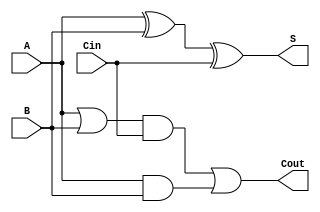
module Full_Adder(A, B, Cin, S, Cout);
	input  A, B, Cin;
	output S, Cout;
	wire   aOrb, aOrbAndCin, aAndb;
	xor #(3) xor1(S, A, B, Cin);
	or  #(2) or1(aOrb, A, B);
	and #(2) and1(aOrbAndCin, aOrb, Cin);
	and #(2) and2(aAndb, A, B);
	or  #(2) or2(Cout, aOrbAndCin, aAndb);
endmodule

module CarryLookahead_Adder(A, B, Cin, S, Cout);
	input [3:0]A;
	input [3:0]B;
	input Cin;

	output [3:0]S;
	output Cout;

	wire g0,g1,g2,g3;
	wire p0,p1,p2,p3;
	wire c1, c2, c3;
	wire w1, w2, w3, w4;

	and  #(2) p0maker(p0, A[0], B[0]);
	and  #(2) p1maker(p1, A[1], B[1]);
	and  #(2) p2maker(p2, A[2], B[2]);
	and  #(2) p3maker(p3, A[3], B[3]);

	xor  #(2) g0maker(g0, A[0], B[0]);
	xor  #(2) g1maker(g1, A[1], B[1]);
	xor  #(2) g2maker(g2, A[2], B[2]);
	xor  #(2) g3maker(g3, A[3], B[3]);
	
	
	and  #(2) and1(w1, Cin, p0);
	
	and  #(3) and2(w2, Cin, p0, p1);
	and  #(2) and3(w3, g0, p1);
	
	and  #(4) and4(w4, Cin, p0, p1, p2);
	and  #(3) and5(w4, g0, p1, p2);
	and  #(2) and6(w4, g1, p2);

	and  #(5) and7(w4, Cin, p0, p1, p2, p3);
	and  #(4) and8(w4, g0, p1, p2, p3);
	and  #(3) and9(w4, g1, p2, p3);
	and  #(2) and10(w4, g2, p3);

	or   #(2) orc1(c1, g0, w1);
	or   #(2) orc2(c2, g1, w2, w3);
	or   #(2) orc3(c3, g2, w4, w5, w6);
	or   #(2) orc4(Cout, g3, w7, w8, w9, w10);


	xor  #(2) xors0(S[0],p0, c0);
	xor  #(2) xors1(S[1],p1, c1);
	xor  #(2) xors2(S[2],p2, c2);
	xor  #(2) xors3(S[3],p3, c3);
endmodule

module RC_Adder_16bit(A,B,Cin,S,Cout);
	input [15:0]A;
	input [15:0]B;
	input Cin;
	output [15:0]S;
	output Cout;

	wire wc0, wc1, wc2, wc3, wc4, wc5, wc6, wc7, wc8, wc9, wc10, wc11, wc12, wc13, wc14;
	//16-bit adder1 description

	Full_Adder fa0(A[0], B[0], 1'b0, wc0);
	Full_Adder fa1(A[1], B[1], wc0 , wc1);
	Full_Adder fa2(A[2], B[2], wc1 , wc2);
	Full_Adder fa3(A[3], B[3], wc2 , wc3);
	Full_Adder fa4(A[4], B[4], wc3 , wc4);
	Full_Adder fa5(A[5], B[5], wc4 , wc5);
	Full_Adder fa6(A[6], B[6], wc5 , wc6);
	Full_Adder fa7(A[7], B[7], wc6 , wc7);
	Full_Adder fa8(A[8], B[8], wc7 , wc8);
	Full_Adder fa9(A[9], B[9], wc8 , wc9);
	Full_Adder fa10(A[10], B[10], wc9 , wc10);
	Full_Adder fa11(A[11], B[11], wc10, wc11);
	Full_Adder fa12(A[12], B[12], wc11 , wc12);
	Full_Adder fa13(A[13], B[13], wc12 , wc13);
	Full_Adder fa14(A[14], B[14], wc13 , wc14);
	Full_Adder fa15(A[15], B[15], wc14 , Cout);
endmodule

module CL_Adder_16bit(A,B,Cin,S,Cout);
	input [15:0]A;
	input [15:0]B;
	input Cin;
	output [15:0]S;
	output Cout;
	
	//16-bit adder2 description

	wire c1, c2, c3;
	CarryLookahead_Adder cla1(A[3:0], B[3:0], Cin, S[3:0], c1);
	CarryLookahead_Adder cla2(A[7:4], B[7:4], c1, S[7:4], c2);
	CarryLookahead_Adder cla3(A[11:8], B[11:8], c2, S[11:8], c3);
	CarryLookahead_Adder cla4(A[15:12], B[15:12], c3, S[15:12], Cout);
endmodule

module Adder16_TB;
	reg [15:0]num1;
	reg [15:0]num2;

	wire [15:0]sumAdder1;
	wire [15:0]sumAdder2;
	reg c1, c2;
	
	wire cout1, cout2;

	RC_Adder_16bit adder1(num1, num2, c1, sumAdder1, cout1);
	CL_Adder_16bit adder2(num1, num2, c2, sumAdder2, cout2);

	initial
		begin
			#1
			    num1 = 16'b0000000000000000;
			    num2 = 16'b0000000000000000;
			    c1   = 1'b0;
			    c2   = 1'b0;
			#200  
			    num1 = 16'b0010010011010111;
			    num2 = 16'b0000010000011111;
			    c1   = 1'b0;
			    c2   = 1'b0;
			#400
			    num1 = 16'b1111110111101000;
			    num2 = 16'b0000010000011111;
			    c1   = 1'b0;
			    c2   = 1'b0;
		end

	initial
		$monitor("num1 = %b  num2 = %b RC_Result = %b CL_Result = %b time = %0d", num1, num2, {c1,sumAdder1}, {c2,sumAdder2}, $time);

endmodule